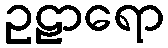
ဥဠာရော